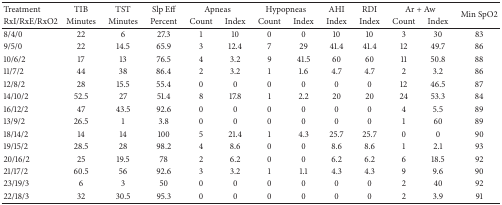
| Treatment | TIB | TST | Slp Eff | <COLSPAN=2> Apneas | <COLSPAN=2> Hypopneas | AHI | RDI | <COLSPAN=2> Ar + Aw | <ROWSPAN=2> Min SpO2 |
 | RxI/RxE/RxO2 | Minutes | Minutes | Percent | Count | Index | Count | Index | Index | Index | Count | Index |
 | --- | --- | --- | --- | --- | --- | --- | --- | --- | --- | --- | --- | --- |
 | 8/4/0 | 22 | 6 | 27.3 | 1 | 10 | 0 | 0 | 10 | 10 | 3 | 30 | 83 |
 | 9/5/0 | 22 | 14.5 | 65.9 | 3 | 12.4 | 7 | 29 | 41.4 | 41.4 | 12 | 49.7 | 86 |
 | 10/6/2 | 17 | 13 | 76.5 | 4 | 3.2 | 9 | 41.5 | 60 | 60 | 11 | 50.8 | 88 |
 | 11/7/2 | 44 | 38 | 86.4 | 2 | 3.2 | 1 | 1.6 | 4.7 | 4.7 | 2 | 3.2 | 86 |
 | 12/8/2 | 28 | 15.5 | 55.4 | 0 | 0 | 0 | 0 | 0 | 0 | 12 | 46.5 | 87 |
 | 14/10/2 | 52.5 | 27 | 51.4 | 8 | 17.8 | 1 | 2.2 | 20 | 20 | 24 | 53.3 | 84 |
 | 16/12/2 | 47 | 43.5 | 92.6 | 0 | 0 | 0 | 0 | 0 | 0 | 4 | 5.5 | 89 |
 | 13/9/2 | 26.5 | 1 | 3.8 | 0 | 0 | 0 | 0 | 0 | 0 | 1 | 60 | 89 |
 | 18/14/2 | 14 | 14 | 100 | 5 | 21.4 | 1 | 4.3 | 25.7 | 25.7 | 0 | 0 | 90 |
 | 19/15/2 | 28.5 | 28 | 98.2 | 4 | 8.6 | 0 | 0 | 8.6 | 8.6 | 1 | 2.1 | 93 |
 | 20/16/2 | 25 | 19.5 | 78 | 2 | 6.2 | 0 | 0 | 6.2 | 6.2 | 6 | 18.5 | 92 |
 | 21/17/2 | 60.5 | 56 | 92.6 | 3 | 3.2 | 1 | 1.1 | 4.3 | 4.3 | 9 | 9.6 | 90 |
 | 23/19/3 | 6 | 3 | 50 | 0 | 0 | 0 | 0 | 0 | 0 | 2 | 40 | 92 |
 | 22/18/3 | 32 | 30.5 | 95.3 | 0 | 0 | 0 | 0 | 0 | 0 | 2 | 3.9 | 91 |